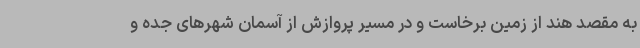
به مقصد هند از زمین برخاست و در مسیر پروازش از آسمان شهرهای جده و